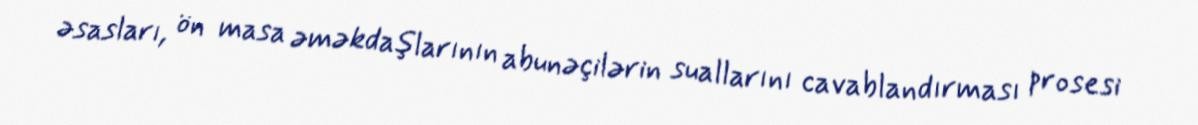
əsasları, ön masa əməkdaşlarının abunəçilərin suallarını cavablandırması prosesi